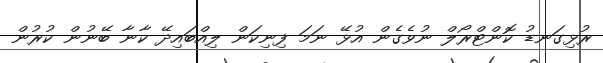
ރުޅިގަނޑު ކޮންޓްރޯލް ނުވެގެން އުޅޭ ނަމަ ފިނިކަން ލިއްބައިދޭ ކާނާ ބޭނުން ކުރުން